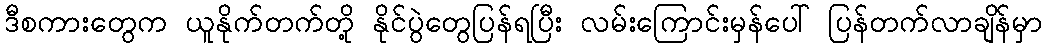
ဒီစကားတွေက ယူနိုက်တက်တို့ နိုင်ပွဲတွေပြန်ရပြီး လမ်းကြောင်းမှန်ပေါ် ပြန်တက်လာချိန်မှာ